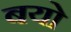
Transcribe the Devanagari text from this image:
बयो